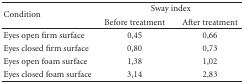
| <ROWSPAN=2> Condition | <COLSPAN=2> Sway index |
 | Before treatment | After treatment |
 | --- | --- | --- |
 | Eyes open firm surface | 0,45 | 0,66 |
 | Eyes closed firm surface | 0,80 | 0,73 |
 | Eyes open foam surface | 1,38 | 1,02 |
 | Eyes closed foam surface | 3,14 | 2,83 |